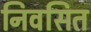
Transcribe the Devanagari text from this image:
निवसित